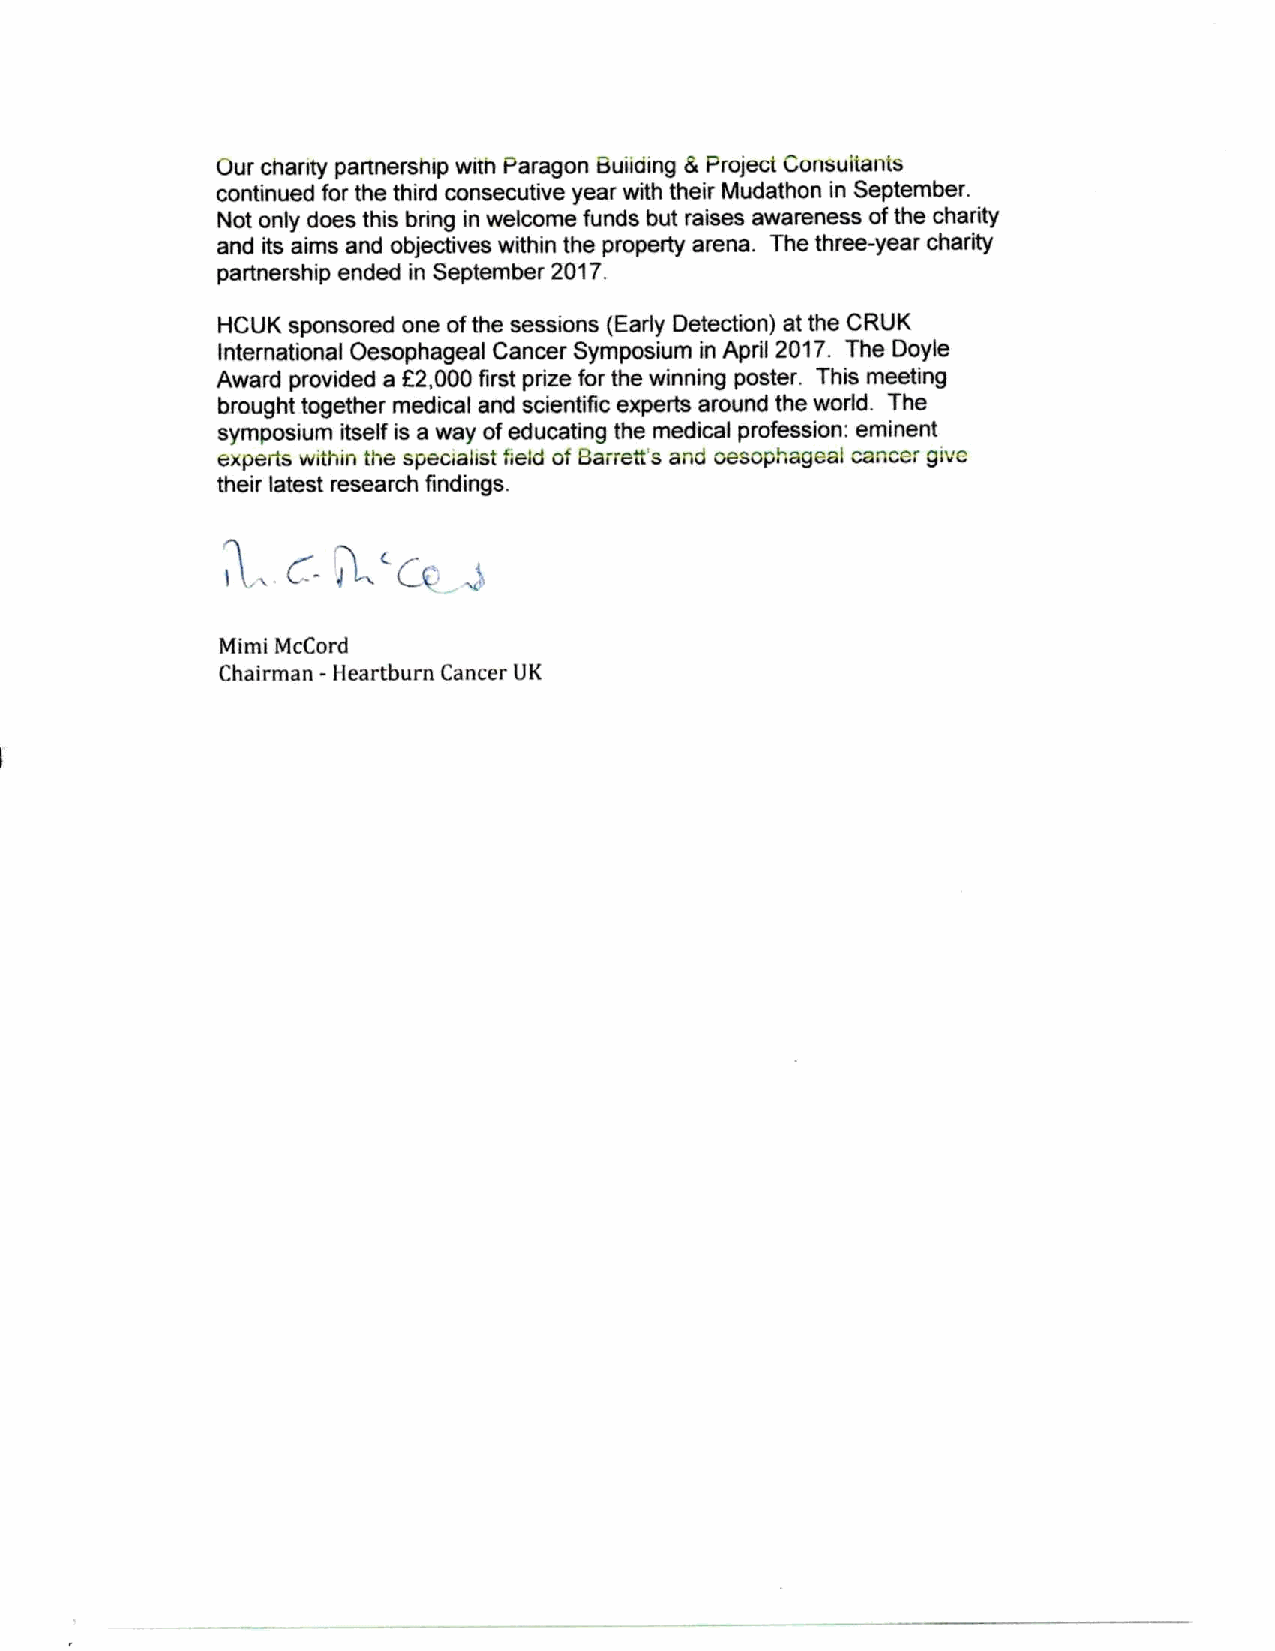
Our chanty partnership with Paragon Buiiding & Project Consultants
 continued for the third consecutive year with their Mudathon in September.
 Not only does this bring in welcome funds but raises awareness ofthe charity
 and its aims and objectives within the property arena. The three-year charity
 partnership ended in September 2017.
 HCUK sponsored one ofthe sessions (Early Detection) at the CRUK
 International Oesophageal Cancer Symposium in April 2017. The Doyle
 Award provided a R2,000first prize for the winning poster. This meeting
 brought together medical and scientific experts around the world. The
 symposium itself is a way ofeducating the medical profession: eminent
 experts within the specialist field of Barrett's and oesopl ageai cancer give
 their latest research findings.
 Mimi McCord
 Chairman -Heartburn Cancer UK